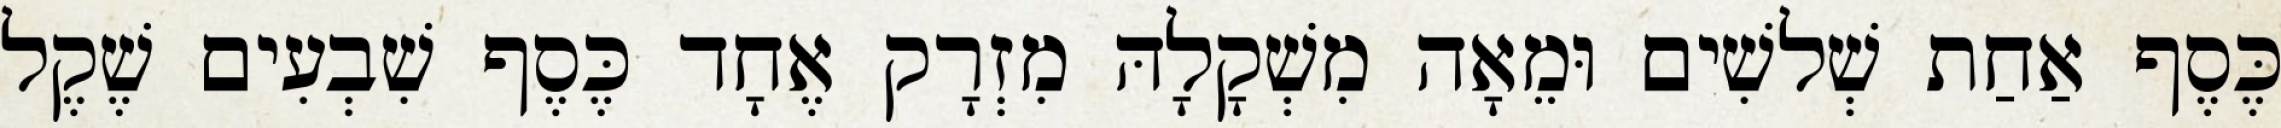
כֶּסֶף אַחַת שְׁלשִׁים וּמֵאָה מִשְׁקָלָהּ מִזְרָק אֶחָד כֶּסֶף שִׁבְעִים שֶׁקֶל